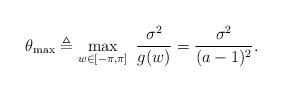
LaTeX: \begin{align*}\theta_{\max} \triangleq \max_{w\in [-\pi, \pi]}~\frac{\sigma^2}{g(w)} = \frac{\sigma^2}{(a-1)^2}.\end{align*}